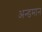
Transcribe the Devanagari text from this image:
अन्डमान